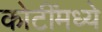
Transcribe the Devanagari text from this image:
कोटींमध्ये